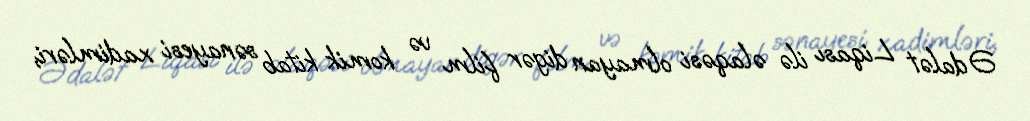
Ədalət Liqası ilə əlaqəsi olmayan digər film və komik kitab sənayesi xadimləri,